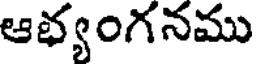
ఆభ్యంగనము